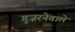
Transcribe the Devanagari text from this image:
गुज़रनेवाले